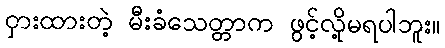
ငှားထားတဲ့ မီးခံသေတ္တာက ဖွင့်လို့မရပါဘူး။